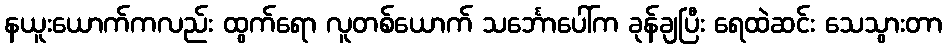
နယူးယောက်ကလည်း ထွက်ရော လူတစ်ယောက် သင်္ဘောပေါ်က ခုန်ချပြီး ရေထဲဆင်း သေသွားတာ